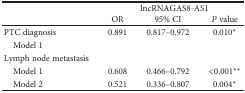
| <ROWSPAN=2>  | <COLSPAN=3> lncRNAGAS8-AS1 |
 | OR | 95% CI | P value |
 | --- | --- | --- | --- |
 | PTC diagnosis | 0.891 | 0.817–0.972 | 0.010∗ |
 | <COLSPAN=4> Model 1 |
 | Lymph node metastasis |  |  |  |
 | Model 1 | 0.608 | 0.466–0.792 | <0.001∗∗ |
 | Model 2 | 0.521 | 0.336–0.807 | 0.004∗ |